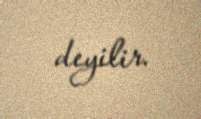
deyilir.